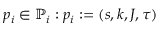
p _ { i } \in \mathbb { P } _ { i } : p _ { i } : = ( s , k , J , \tau )